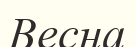
Весна